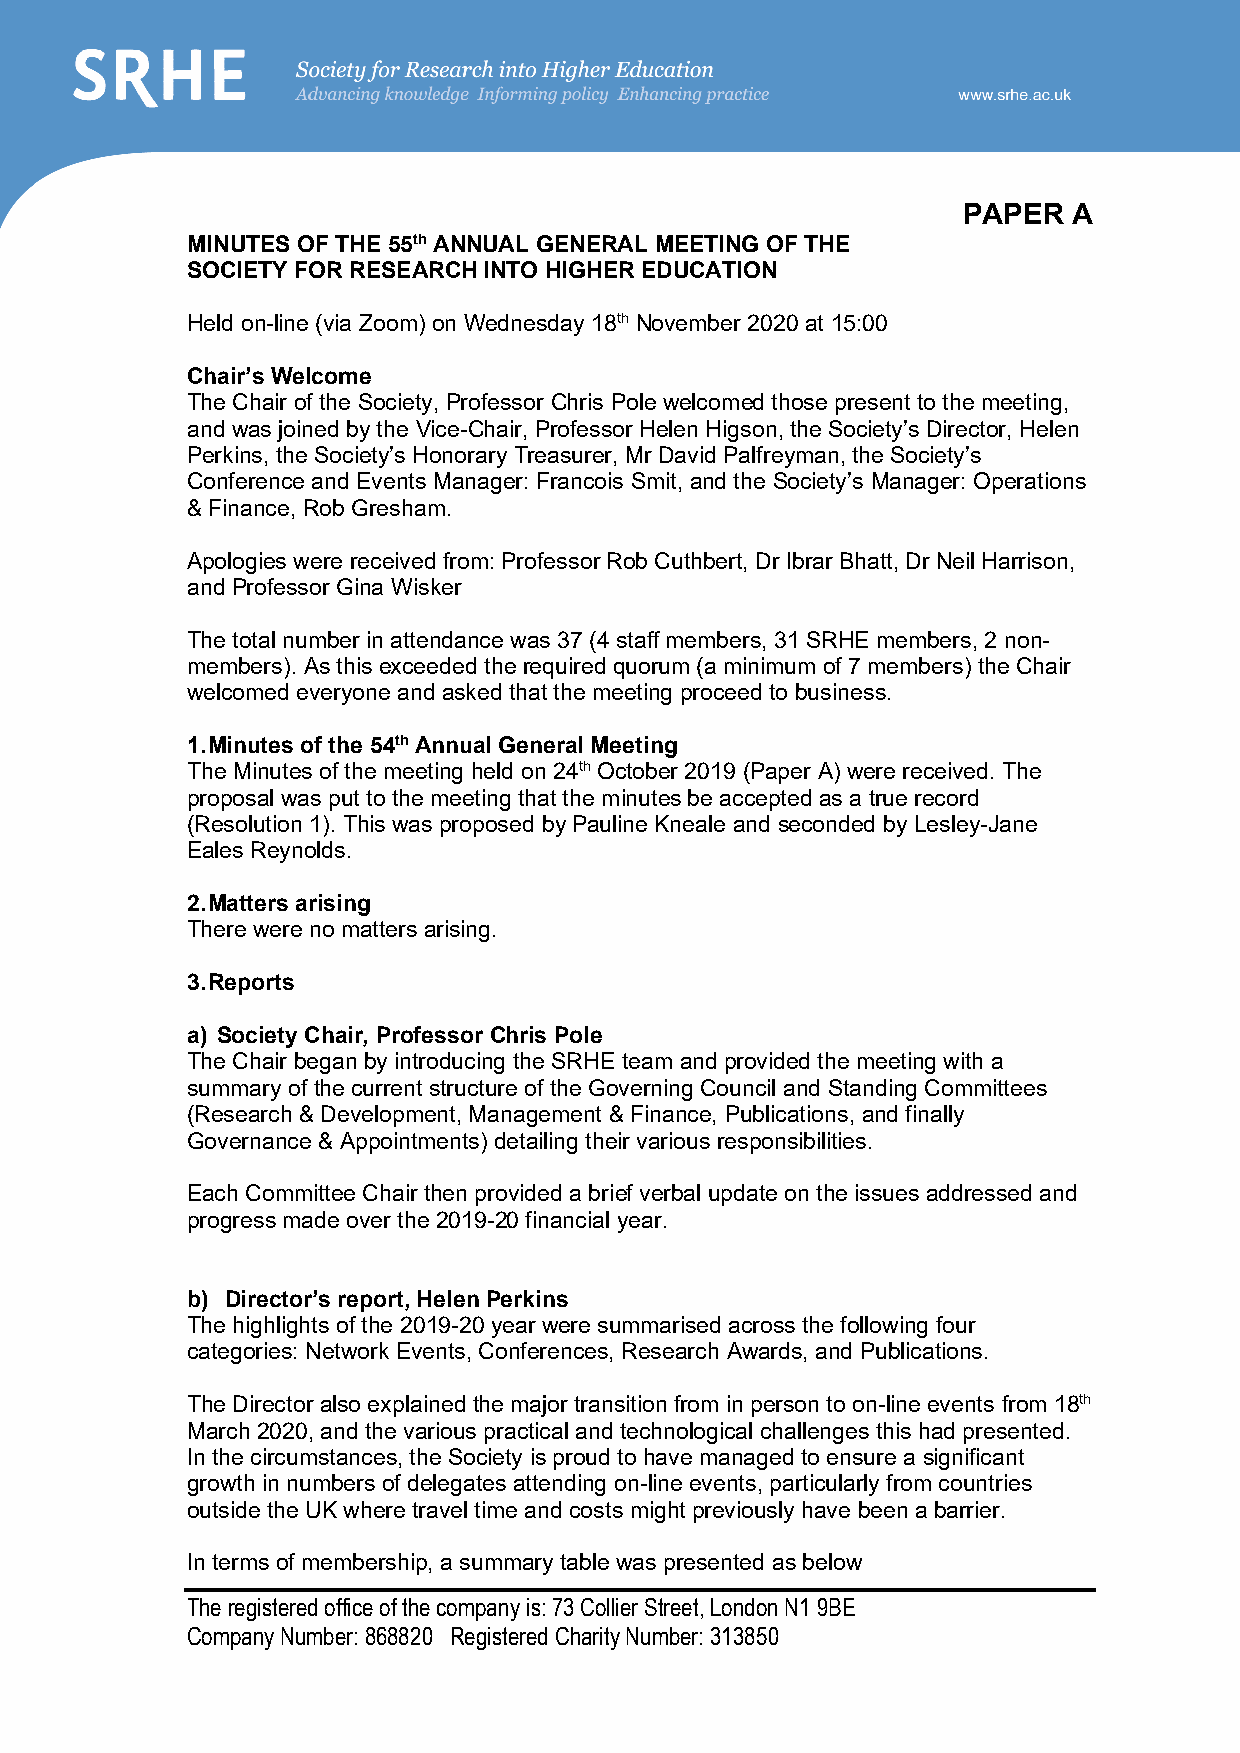
PAPER  A
 MINUTES OF THE 55th ANNUAL GENERAL MEETING OF THE
 SOCIETY FOR RESEARCH INTO HIGHER EDUCATION
 Held on-line (via Zoom) on Wednesday 18th November 2020 at 15:00
 Chair’s Welcome
 The Chair of the Society, Professor Chris Pole welcomed those present to the meeting,
 and was joined by the Vice-Chair, Professor Helen Higson, the Society’s Director, Helen
 Perkins, the Society’s Honorary Treasurer, Mr David Palfreyman, the Society’s
 Conference and Events Manager: Francois Smit, and the Society’s Manager: Operations
 & Finance, Rob Gresham.
 Apologies were received from: Professor Rob Cuthbert, Dr Ibrar Bhatt, Dr Neil Harrison,
 and Professor Gina Wisker
 The total number in attendance was 37 (4 staff members, 31 SRHE members, 2 non-
 members). As this exceeded the required quorum (a minimum of 7 members) the Chair
 welcomed everyone and asked that the meeting proceed to business.
 1. Minutes of the 54th Annual General Meeting
 The Minutes of the meeting held on 24th October 2019 (Paper A) were received. The
 proposal was put to the meeting that the minutes be accepted as a true record
 (Resolution 1). This was proposed by Pauline Kneale and seconded by Lesley-Jane
 Eales Reynolds.
 2. Matters arising
 There were no matters arising.
 3. Reports
 a) Society Chair, Professor Chris Pole
 The Chair began by introducing the SRHE team and provided the meeting with a
 summary of the current structure of the Governing Council and Standing Committees
 (Research & Development, Management & Finance, Publications, and finally
 Governance & Appointments) detailing their various responsibilities.
 Each Committee Chair then provided a brief verbal update on the issues addressed and
 progress made over the 2019-20 financial year.
 b) Director’s report, Helen Perkins
 The highlights of the 2019-20 year were summarised across the following four
 categories: Network Events, Conferences, Research Awards, and Publications.
 The Director also explained the major transition from in person to on-line events from 18th
 March 2020, and the various practical and technological challenges this had presented.
 In the circumstances, the Society is proud to have managed to ensure a significant
 growth in numbers of delegates attending on-line events, particularly from countries
 outside the UK where travel time and costs might previously have been a barrier.
 In terms of membership, a summary table was presented as below
 The registered office of the company is: 73 Collier Street, London N1 9BE
 Company Number: 868820 Registered Charity Number: 313850